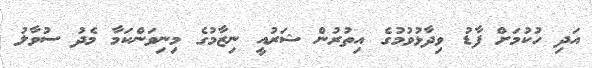
އަދި ހުކުމަށް ފާޑު ވިދާޅުވުމުގެ އިތުރުން ޝަރުއީ ނިޒާމުގެ މިނިވަންކަމާ މެދު ސުވާލު